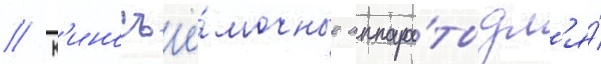
// К'иносъё́мочные аппара́ты дл'я́